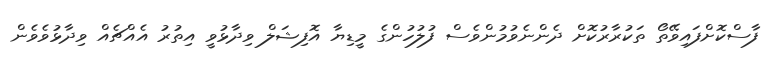
ފާސްކޮށްފައިވޭތޯ ތަކުރާރުކޮށް ދެންނެވުމުންވެސް ފުލުހުންގެ މީޑިޔާ އޮފިޝަލް ވިދާޅުވީ އިތުރު އެއްޗެއް ވިދާޅުވެވެން